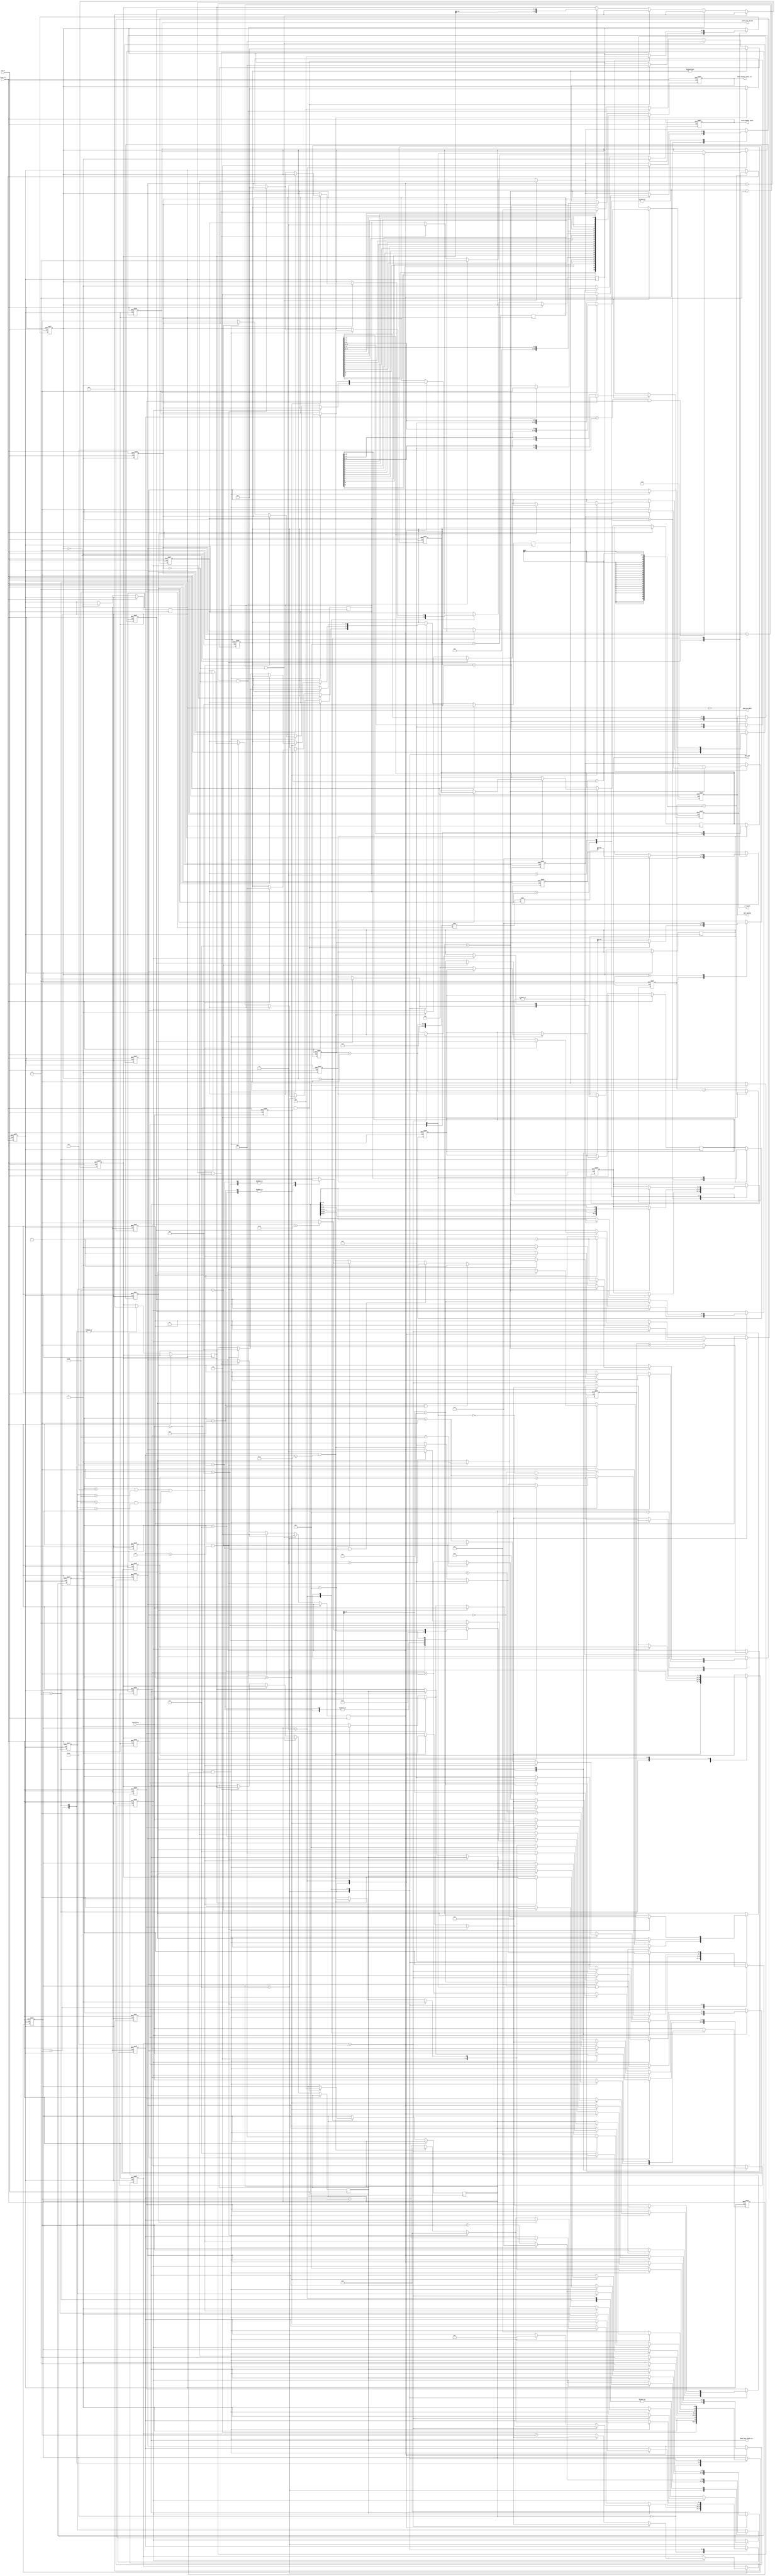
module sent_rx_pulse_check (
	//clk rx and reset_rx
	input clk_rx,
	input reset_rx,

	input data_pulse,
	
	output reg [27:0] data_fast_check_crc,
	output reg [29:0] data_channel_check_crc,

	output reg [2:0] done_pre_data,

	output reg [7:0] id_decode,
	output reg [15:0] data_decode,
	output reg config_bit_decode,
	output reg write_enable_store,
	output reg [11:0] data_out
	);
	
	localparam IDLE = 0;

	//state_decode_ticks DECODE TICK
	localparam COUNT_TICKS = 1;
	localparam DONE = 2;

	//state_decode_ticks FSM DECODE
	localparam SYNC = 1;
	localparam STATUS = 2;
	localparam DATA = 3;
	localparam CRC = 4;
	localparam PAUSE = 5;	
	localparam CHECK = 6;

	reg prev_data_clk;
	reg tick;
	reg [10:0] b;
	reg prev_data_tick;
	reg [10:0] counter2;
	reg [1:0] count;
	reg [2:0] state_decode_tick;
	reg [2:0] state_decode_pulse;
	reg [10:0] count_data;
	reg [5:0] count_frame;
	reg [11:0] count_ticks;

	reg [3:0] status_nb;

	reg [17:0] saved_bit3_status;
	reg [17:0] saved_bit2_status;
	reg [27:0] saved_data_fast;

	reg done;
	reg done_data;

	reg [3:0] count_nibbles;
	reg [3:0] data_nibble_rx;

	reg serial;
	reg enhanced;
	reg first_frame;

	reg [2:0] count_enable;
	reg count_store;
	reg [1:0] done_data_to_fifo;
	reg status;
	reg [11:0] count_frame_ticks;
	reg [11:0] count_a;
	//count tick
	always @(posedge clk_rx or posedge reset_rx) begin
		if(reset_rx) begin
			b <= 0;
			state_decode_tick <= IDLE;
			counter2 <= 0;
			prev_data_clk <= 0;
		end
		else begin
			prev_data_clk <= data_pulse;
			case(state_decode_tick)
				IDLE: begin
					tick <= 0;
					b <= 0;
					if((data_pulse==0) && (prev_data_clk==1)) begin
						state_decode_tick <= COUNT_TICKS;
					end
				end
				COUNT_TICKS: begin
					if((data_pulse==0) && (prev_data_clk==1)) begin
						state_decode_tick <= DONE;
						state_decode_pulse <= STATUS;
						b <= (counter2+1)/56/2;	
					end
					else counter2 <= counter2 + 1;
				end
				DONE: begin
					counter2 <= 0;
				end
			endcase
		end
	end

	//tick -> tick clk
	always @(posedge clk_rx or posedge reset_rx) begin
		if(reset_rx) begin
			count <= 0;
			tick <= 0;
		end
		else begin
			if (count == b-1) begin
				tick <= ~tick;
				count <= 0;
			end
			else count <= count + 1;
		end
	end
	
	reg [1:0] c;
	reg j;
	reg [3:0] store_nibble;
	reg pause;
	//FSM
	always @(posedge tick or posedge reset_rx) begin
		if(reset_rx) begin
			state_decode_pulse <= STATUS;
			count_data <= 0;
			prev_data_tick <=0;
			count_frame <= 0;
			status_nb <= 0;
			count_ticks <= 0;
			count_nibbles <= 0;		
			first_frame <= 0;
			serial <= 0;
			enhanced <= 0;
			data_nibble_rx <= 0;
			config_bit_decode <= 0;
			status <= 0;
			count_frame_ticks <= 0;
			count_a <= 0;
			c <= 0;
			j <= 0;
			store_nibble <= 0;
			pause <= 0;	
			data_fast_check_crc  <= 0; 
		end
		else begin
			prev_data_tick <= data_pulse;
			
			case(state_decode_pulse)
				IDLE: begin
					
					count_ticks <= 0;
					count_frame <= 0;
					if ((data_pulse == 0) && (prev_data_tick == 1)) begin
						state_decode_pulse <= SYNC;
					end
					else state_decode_pulse <= IDLE;
				end
				SYNC: begin
					saved_data_fast <= 0;
					count_nibbles <= 0;
					if ((data_pulse == 0) && (prev_data_tick == 1)) begin
						state_decode_pulse <= STATUS;
					end
					else state_decode_pulse <= SYNC;
				end
		
				STATUS: begin
					saved_data_fast <= 0;
					count_ticks <= count_ticks + 1;
					if ((data_pulse==0) && (prev_data_tick == 1)) begin
						if(!first_frame) begin saved_bit3_status <= 0;
saved_bit2_status <= 0;
saved_data_fast <= 0;status_nb <= count_data - 13; state_decode_pulse <= CHECK; count_frame_ticks <= 56 + count_ticks - 1; end
						else begin status_nb <= count_data - 12; state_decode_pulse <= DATA; end
						count_data <= 0;
						done <= 1;
						count_ticks <= 0;
						
					end
					else count_data <= count_data + 1;
				end

				CHECK: begin
					first_frame <= 1;
					if(!first_frame && status_nb[3]) enhanced <= 1;
					else if(!first_frame && !status_nb[3]) serial <= 1;

					if(j) begin
						count_a <= count_a + 1;
						if(count_a > 27) begin
							state_decode_pulse <= SYNC;
							count_frame_ticks <= 0;
							count_a <= 0;
							j <= 0;
							end
	
						else begin
							if ((data_pulse == 0) && (prev_data_tick == 1)) begin
								count_frame <= 1;
								state_decode_pulse <= DATA;
								j <= 0;
								count_data <= 0;
								count_nibbles <= 0;
								status_nb <= count_data -12;
								store_nibble <= count_nibbles -1;
								done <= 1;
								count_a <= 0;
								count_frame_ticks <= 0;
								case(count_nibbles) 
									8: begin
										pause <= 1;
										c <= 2'b01;
									end
									6: begin
										pause <= 1;
										c <= 2'b10;
									end
									7: begin
										pause <= 0;
										c <= 2'b01;
									end
									4: begin
										pause <= 0;
										c <= 2'b11;
									end
									5: begin
										if(count_frame_ticks > 200) begin
											pause <= 1; c <= 2'b11;
										end
										else begin pause <= 0; c <= 2'b10; end 
									end
								
								endcase
								if(count_nibbles == 8 || count_nibbles == 6) begin 
									pause <= 1;
								end
								else if(count_nibbles == 7 || count_nibbles == 4)begin
									pause <= 0;
								end
								else if(count_nibbles == 5) begin 
									if(count_frame_ticks > 200) begin
										pause <= 1;
									end
									else pause <= 0;
								end
								else begin
								
								end
							end
							else begin 
								count_data <= count_data + 1; 
							end
						end
					end
					else begin
						count_frame_ticks <= count_frame_ticks + 1;
						count_ticks <= count_ticks + 1;
						if ((data_pulse == 0) && (prev_data_tick == 1)) begin
							count_data <= 0;
							state_decode_pulse <= CHECK;
							count_ticks <= 0;
							if(count_nibbles > 7 || count_data > 56 || (count_data < 56 && count_data >27) ) begin 
									count_frame <= count_frame + 1; 
									state_decode_pulse <= SYNC; 
									store_nibble <= count_nibbles - 1 ; 
									pause <= 1; 
									data_fast_check_crc <= saved_data_fast;
									done_pre_data <= 3'b001;
									done_data_to_fifo <= 2'b01;
									count_frame_ticks <= 0;
									end
							else if(count_data == 56) begin j <= 1; count_frame_ticks <= count_frame_ticks - 56; end
							else begin data_nibble_rx <= count_data - 12; done_data <= 1; count_nibbles <= count_nibbles + 1; end
						end
						else begin 
							count_data <= count_data + 1; 
						end
					end
				end

				DATA: begin

					if(count_frame == 7 && enhanced) config_bit_decode <= status_nb[3];

					count_ticks <= count_ticks + 1;
					if ((data_pulse==0) && (prev_data_tick == 1)) begin
						data_nibble_rx <= count_data - 12;
						count_data <= 0;
						done_data <= 1;
	
						if(count_nibbles == store_nibble) begin
							if(count_nibbles == 6) begin c <= 2'b01; end
							else if(count_nibbles == 4) begin c <= 2'b10; end
							else if(count_nibbles == 3) begin c <= 2'b11;end
							if(pause) begin state_decode_pulse <= PAUSE;  end
							else begin 
								if(serial && count_frame == 15) begin 
									done_pre_data <= 3'b100; 
									state_decode_pulse <= IDLE; 
									state_decode_tick <= IDLE; 
									serial <= 0; 
									first_frame <= 0;
									count_frame <= 0;
									count_nibbles <= 0;
								end
								else if(enhanced && count_frame == 17) begin 
									done_pre_data <= 3'b101; 
									state_decode_pulse <= IDLE; 
									state_decode_tick <= IDLE; 
									prev_data_tick <= 0;
									enhanced <= 0; 
									first_frame <= 0;
									count_frame <= 0;
									count_nibbles <= 0;
								end
								else begin
								 
								
								state_decode_pulse <= SYNC; 
								count_frame <= count_frame + 1; 
								data_fast_check_crc <= saved_data_fast;
								end
							end
							end else count_nibbles <= count_nibbles + 1;

						end
						else begin state_decode_pulse <= DATA; 
						
						count_ticks <= 0;
						count_data <= count_data + 1;
						
					end 
					
					
				end
				PAUSE: begin
					
					if ((data_pulse == 0) && (prev_data_tick == 1)) begin
						if(serial && count_frame == 15) begin 
							done_pre_data <= 3'b100; 
							state_decode_pulse <= IDLE; 
							state_decode_tick <= IDLE; 
							serial <= 0; 
							first_frame <= 0;
							count_frame <= 0;
							pause <= 0;
							count_nibbles <= 0;
						end
						else if(enhanced && count_frame == 17) begin 
							done_pre_data <= 3'b101; 
							state_decode_pulse <= IDLE; 
							state_decode_tick <= IDLE; 
							prev_data_tick <= 0;
							enhanced <= 0; 
							first_frame <= 0;
							count_frame <= 0;
							pause <= 0;
							count_nibbles <= 0;
						end
						else begin
						state_decode_pulse <= SYNC;
						count_frame <= count_frame + 1;	
						end
					end
					else state_decode_pulse <= PAUSE;
				end
			endcase
		end
	end

	always @(posedge clk_rx or posedge reset_rx) begin
		if(reset_rx) begin
			data_decode <= 0;
			done <= 0;
			done_data <= 0;
			done_pre_data <= 3'b000;
			done_data_to_fifo <= 2'b00;
			write_enable_store <= 0;
			saved_bit3_status <= 0;
			saved_bit2_status <= 0;
			saved_data_fast <= 0;
			data_channel_check_crc <= 0;
			id_decode <= 0;
			data_decode <= 0;

			count_enable <= 0;
			count_store <= 0;
			data_out <= 0;
		end
		else begin
			if(done) begin
				saved_bit3_status <= {saved_bit3_status,status_nb[3]};
				saved_bit2_status <= {saved_bit2_status,status_nb[2]};
				done <= 0;
			end

			if(done_data) begin
				saved_data_fast <= {saved_data_fast,data_nibble_rx};
				done_data <= 0;
			end
		
			if(c == 2'b01 && !done_data) begin data_fast_check_crc <= saved_data_fast; saved_data_fast <= 0; c <= 0; done_pre_data <= 3'b001; done_data_to_fifo <= 2'b01;end
			else if(c == 2'b10 && !done_data) begin data_fast_check_crc <= saved_data_fast; saved_data_fast <= 0; c <= 0; done_pre_data <= 3'b010; done_data_to_fifo <= 2'b10; end
			else if(c == 2'b11 && !done_data) begin data_fast_check_crc <= saved_data_fast; saved_data_fast <= 0; c <= 0;  done_pre_data <= 3'b011; done_data_to_fifo <= 2'b11;end
			

			if(done_pre_data == 3'b100) begin
				data_channel_check_crc <= saved_bit2_status[15:0];
				id_decode <= saved_bit2_status[15:12];
				data_decode <= saved_bit2_status[11:4];
			end

			if(done_pre_data == 3'b101) begin
				data_channel_check_crc <= {saved_bit2_status[11], saved_bit3_status[11], saved_bit2_status[10], saved_bit3_status[10],
								saved_bit2_status[9], saved_bit3_status[9], saved_bit2_status[8], saved_bit3_status[8],
								saved_bit2_status[7], saved_bit3_status[7], saved_bit2_status[6], saved_bit3_status[6],
								saved_bit2_status[5], saved_bit3_status[5], saved_bit2_status[4], saved_bit3_status[4],
								saved_bit2_status[3], saved_bit3_status[3], saved_bit2_status[2], saved_bit3_status[2],
								saved_bit2_status[1], saved_bit3_status[1], saved_bit2_status[0], saved_bit3_status[0],
								saved_bit2_status[17], saved_bit2_status[16], saved_bit2_status[15], saved_bit2_status[14],
								saved_bit2_status[13], saved_bit2_status[12] };

				if(config_bit_decode) begin
					id_decode <= saved_bit3_status[9:6];
					data_decode <= {saved_bit3_status[4:1], saved_bit2_status[11:0]};
				end
				else begin
					id_decode <= {saved_bit3_status[9:6], saved_bit3_status[4:1]};
					data_decode <= saved_bit2_status[11:0];
				end
			end
			
			case(done_data_to_fifo)
				2'b01: begin
					if(count_enable == 6) begin
						write_enable_store <= 1;
						count_enable <= 0;
						if(!count_store) begin
							data_out <= data_fast_check_crc[27:16]; 
							count_store <= 1; 
						end else begin 
							data_out <= data_fast_check_crc[15:4]; 
							count_store <= 0; 
							done_data_to_fifo <= 0;
						end
						end
					else begin count_enable <= count_enable + 1; end
				end

				2'b10: begin
					if(count_enable == 6) begin
						write_enable_store <= 1;
						count_enable <= 0;
						data_out <= {data_fast_check_crc[18:16],data_fast_check_crc[14:12],data_fast_check_crc[10:8],data_fast_check_crc[6:4]}; 
						done_data_to_fifo <= 0;
					end
					else begin count_enable <= count_enable + 1; end
				end

				2'b11: begin
					if(count_enable == 6) begin
						write_enable_store <= 1;
						count_enable <= 0;
						data_out <= data_fast_check_crc[15:4]; 
						done_data_to_fifo <= 0;
					end
					else begin count_enable <= count_enable + 1; end
				end
			endcase
			if(done_pre_data != 0) done_pre_data <= 3'b000;
			if(write_enable_store) write_enable_store <= 0;
		end
	end
endmodule